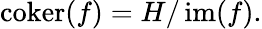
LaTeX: \operatorname{coker}(f)=H/\operatorname{im}(f).